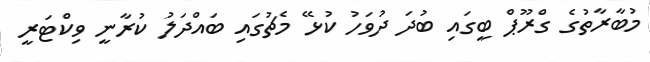
މުބާރާތުގެ ގްރޫޕް ބީގައި ބުދަ ދުވަހު ކުޅޭ މެޗުގައި ބައްދަލު ކުރާނީ ވިކްޓަރީ